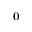
_ 0